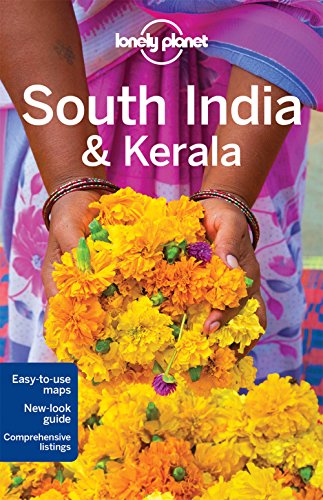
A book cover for Lonely Planet South India & Kerala (Travel Guide); Lonely Planet; Travel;